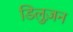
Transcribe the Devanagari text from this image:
डिलुज़न